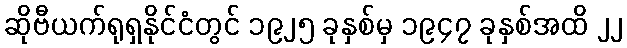
ဆိုဗီယက်ရုရှနိုင်ငံတွင် ၁၉၂၅ ခုနှစ်မှ ၁၉၄၇ ခုနှစ်အထိ ၂၂